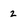
Character: 2